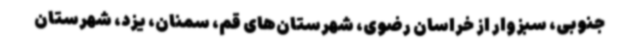
جنوبی، سبزوار از خراسان رضوی، شهرستان‌های قم، سمنان، یزد، شهرستان